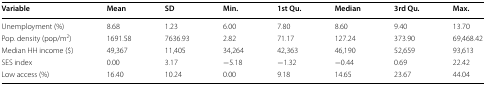
<table><thead><tr><td><b>Variable</b></td><td><b>Mean</b></td><td><b>SD</b></td><td><b>Min.</b></td><td><b>1st Qu.</b></td><td><b>Median</b></td><td><b>3rd Qu.</b></td><td><b>Max.</b></td></tr></thead><tbody><tr><td>Unemployment (%)</td><td>8.68</td><td>1.23</td><td>6.00</td><td>7.80</td><td>8.60</td><td>9.40</td><td>13.70</td></tr><tr><td>Pop. density (pop/m<sup>2</sup>)</td><td>1691.58</td><td>7636.93</td><td>2.82</td><td>71.17</td><td>127.24</td><td>373.90</td><td>69,468.42</td></tr><tr><td>Median HH income ($)</td><td>49,367</td><td>11,405</td><td>34,264</td><td>42,363</td><td>46,190</td><td>52,659</td><td>93,613</td></tr><tr><td>SES index</td><td>0.00</td><td>3.17</td><td>−5.18</td><td>−1.32</td><td>−0.44</td><td>0.69</td><td>22.42</td></tr><tr><td>Low access (%)</td><td>16.40</td><td>10.24</td><td>0.00</td><td>9.18</td><td>14.65</td><td>23.67</td><td>44.04</td></tr></tbody></table>